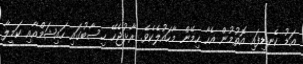
އަޑު ކެނޑިފައި އޮތުމުން އެހާ ހިމޭން މާހައުލެކެވެ. ރާޅުޖެހޭ ހިސާބުގައި ހައިޝަމްއާއި ކަމީލާ